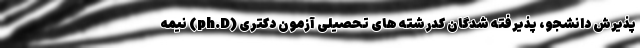
پذیرش دانشجو، پذیرفته شدگان کدرشته های تحصیلی آزمون دکتری (ph.D) نیمه